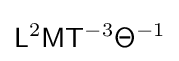
{\mathsf {L}}^{2}{\mathsf {M}}{\mathsf {T}}^{-3}{\mathsf {\Theta }}^{-1}